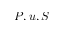
P , u , S